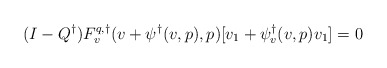
\begin{align*}(I-Q^\dagger)F^{q,\dagger}_v(v + \psi^\dagger(v,p),p)[v_1 + \psi^\dagger_v(v,p)v_1] = 0\end{align*}